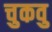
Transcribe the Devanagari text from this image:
चुकवु